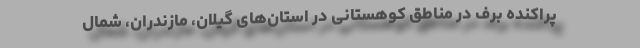
پراکنده برف در مناطق کوهستانی در استان‌های گیلان، مازندران، شمال